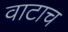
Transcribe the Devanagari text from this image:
वाटाच